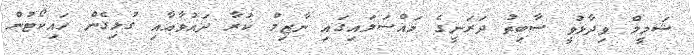
ޝަމީމް ވިދާޅުވީ ސާބިތު ދަރަނީގެ މައްސަލައިގައި ނާޒިމް ކުރާ ދައުވާއާއި ގުޅިގެން ހައިކޯޓުން